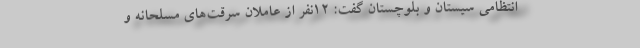
انتظامی سیستان و بلوچستان گفت: ۱۲نفر از عاملان سرقت‌های مسلحانه و